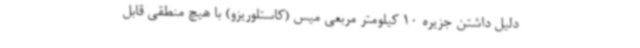
دلیل داشتن جزیره 10 کیلومتر مربعی میس (کاستلوریزو) با هیچ منطقی قابل